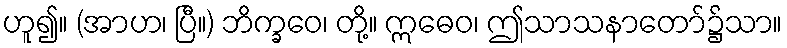
ဟူ၍။ (အာဟ၊ ပြီ။) ဘိက္ခဝေ၊ တို့။ ဣဓေဝ၊ ဤသာသနာတော်၌သာ။